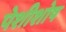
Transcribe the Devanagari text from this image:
पेशीशोष